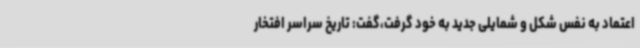
اعتماد به نفس شکل و شمایلی جدید به خود گرفت،گفت: تاریخ سراسر افتخار